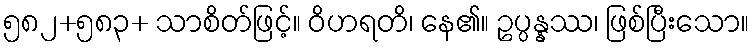
၅၈၂+၅၈၃+ သာစိတ်ဖြင့်။ ဝိဟရတိ၊ နေ၏။ ဥပ္ပန္နဿ၊ ဖြစ်ပြီးသော။